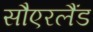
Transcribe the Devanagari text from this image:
सौएरलैंड